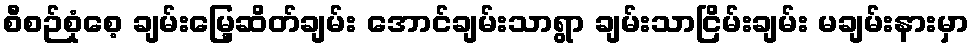
စီစဉ်စုံစေ့ ချမ်းမြေ့ဆိတ်ချမ်း အောင်ချမ်းသာရွာ ချမ်းသာငြိမ်းချမ်း မချမ်းနားမှာ